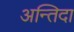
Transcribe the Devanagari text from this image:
अन्तिदा